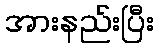
အားနည်းပြီး